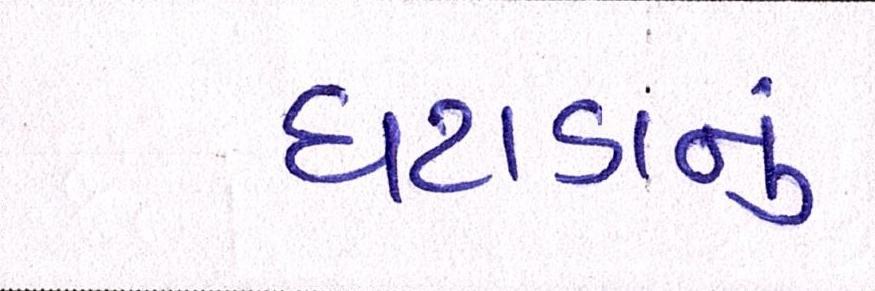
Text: ઘટાડાનું